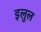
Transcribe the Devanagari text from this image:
इलुल